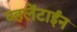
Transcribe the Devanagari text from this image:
व्हलेंटाईन